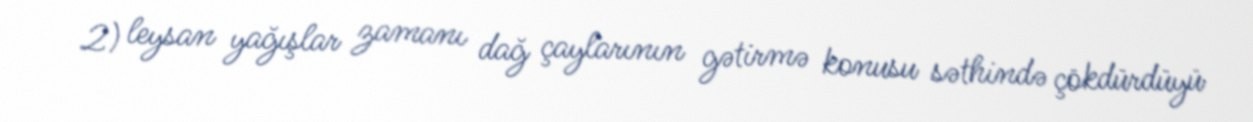
2) leysan yağışlar zamanı dağ çaylarının gətirmə konusu səthində çökdürdüyü